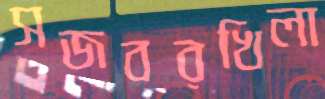
সজবরখিলা